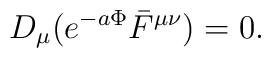
D_{\mu}(e^{-a\Phi} \bar{F}^{\mu\nu}) = 0.